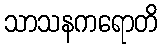
သာသနကရောတိ